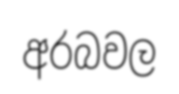
අරබවල